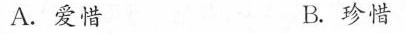
A.爱惜 B.珍惜